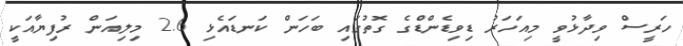
ހަރީސް ވިދާޅުވީ މިއަހަރު ޑިވިޑެންޑްގެ ގޮތުގައި ބަހަން ކަނޑައެޅި 2.6 މިލިއަން ރުފިޔާއަކީ